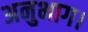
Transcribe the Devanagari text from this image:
अनुभाग।